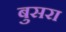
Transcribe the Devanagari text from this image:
बुसरा